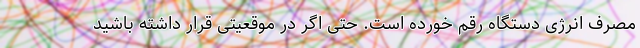
مصرف انرژی دستگاه رقم خورده است. حتی اگر در موقعیتی قرار داشته باشید